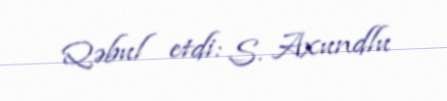
Qəbul etdi: S. Axundlu